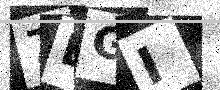
Text: 7LGI